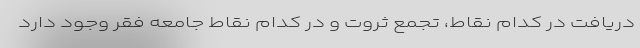
دریافت در کدام نقاط، تجمع ثروت و در کدام نقاط جامعه فقر وجود دارد